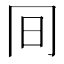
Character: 𠕌